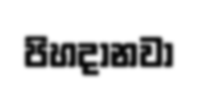
පිහදානවා